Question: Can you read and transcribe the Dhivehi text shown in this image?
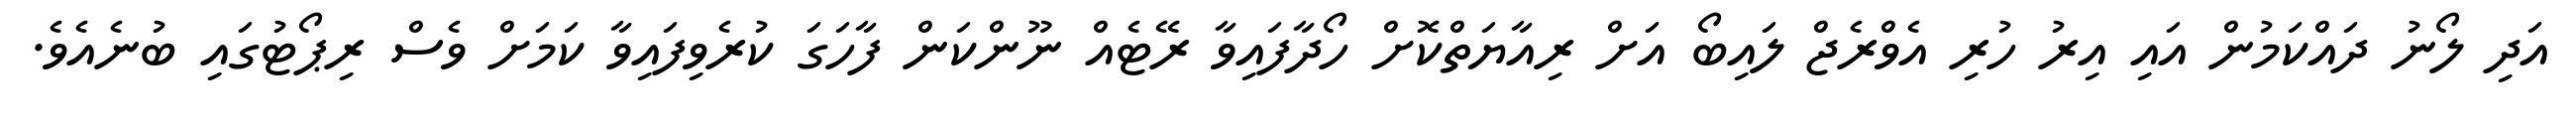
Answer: އަދި ލޯނު ދައްކަމުން އައި އިރު ހުރި އެވްރެޖް ލައިބޯ އަށް ރިއާޔަތްކޮށް ހޯދާފައިވާ ރޭޓެއް ނޫންކަން ފާހަގަ ކުރެވިފައިވާ ކަމަށް ވެސް ރިޕޯޓުގައި ބުނެއެވެ.